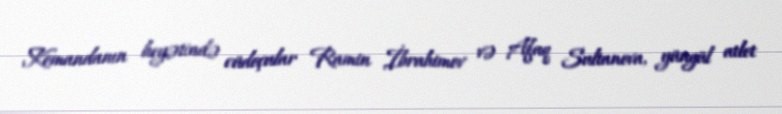
Komandanın heyətində cüdoçular Ramin İbrahimov və Afaq Sultanova, yüngül atlet